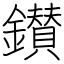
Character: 鑚